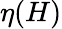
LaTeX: \eta(H)